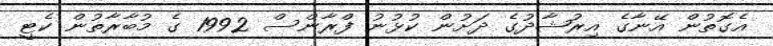
އެގޮތުން އޭނާގެ އިރުޝާދުގެ ދަށުން ކުޅުނު ފްރާންސް 1992 ގެ މުބާރާތުން ކެޓީ